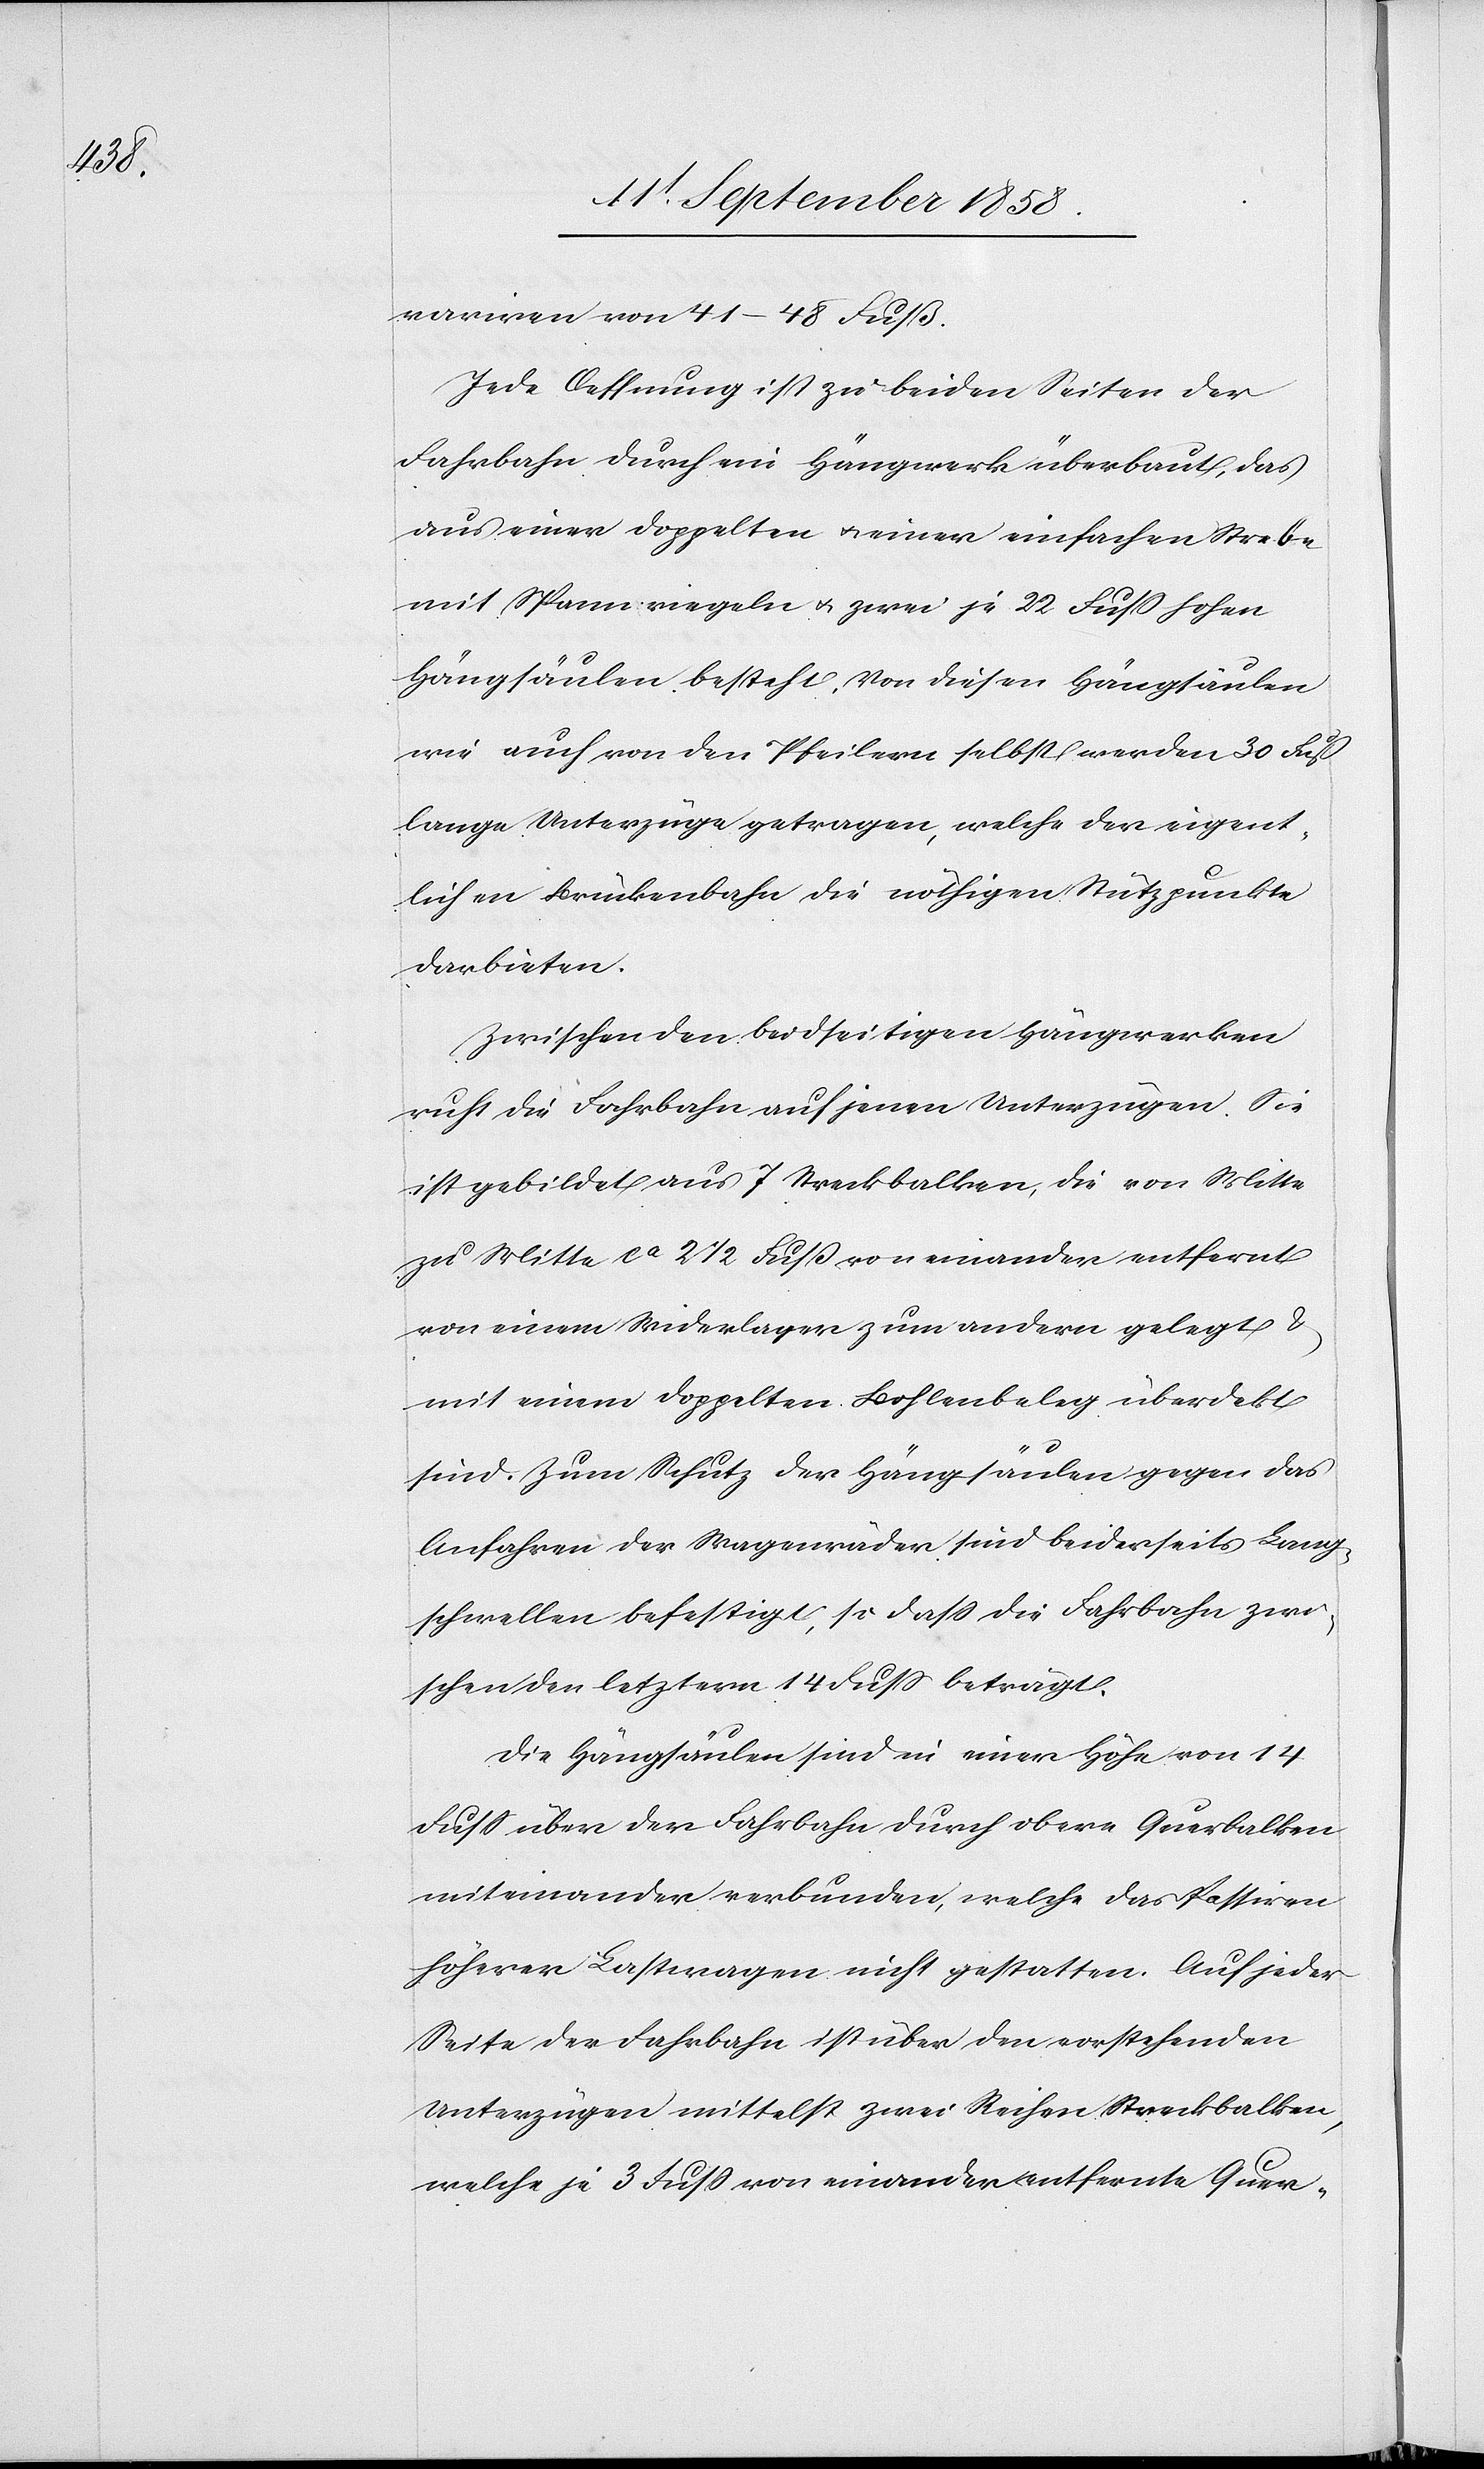
variren von 41–48 Fuß.
Jede Oeffnung ist zu beiden Seiten der
Fahrbahn durch ein Hängwerk überbaut, das
aus einer doppelten & einer einfachen Strebe
mit Spannriegeln & zwei je 22 Fuss hohen
Hängsäulen besteht. Von diesen Hängsäulen
wie auch von den Pfeilern selbst werden 30 Fuß
lange Unterzüge getragen, welche der eigent¬
lichen Brückenbahn die nöthigen Stützpunkte
darbieten.
Zwischen den beidseitigen Hängwerken
ruht die Fahrbahn auf jenen Unterzügen. Sie
ist gebildet aus 7 Streckbalken, die von Mitte
zu Mitte ca 2 1/2 Fuß von einander entfernt
von einem Widerlager zum andern gelegt &
mit einem doppelten Bohlenbeleg überde[c]kt
sind. Zum Schutz der Hängsäulen gegen das
Anfahren der Wagenräder sind beiderseits Lang¬
schwellen befestigt, so dass die Fahrbahn zwi¬
schen den letztern 14 Fuss beträgt.
Die Hängsäulen sind in einer Höhe von 14
Fuss über der Fahrbahn durch obere Querbalken
miteinander verbunden, welche das Passiren
höherer Lastwagen nicht gestatten. Auf jeder
Seite der Fahrbahn ist über den vorstehenden
Unterzügen mittelst zwei Reihen Streckbalken,
welche je 3 Fuss von einander entfernte Quer-